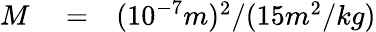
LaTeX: \begin{array}{rlr}{M}&{{}=}&{(10^{-7}m)^{2}/(15m^{2}/kg)}\end{array}